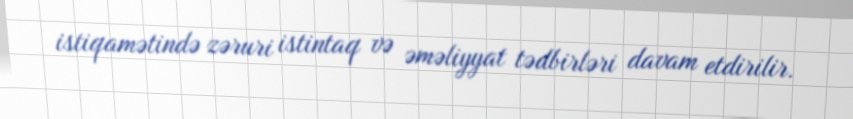
istiqamətində zəruri istintaq və əməliyyat tədbirləri davam etdirilir.